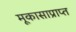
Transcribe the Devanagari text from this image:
मूकासाप्राप्त